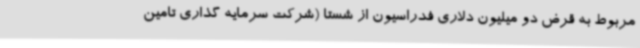
مربوط به قرض دو میلیون دلاری فدراسیون از شستا (شرکت سرمایه گذاری تامین